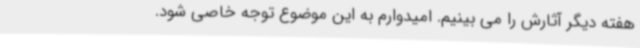
هفته دیگر آثارش را می بینیم. امیدوارم به این موضوع توجه خاصی شود.